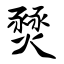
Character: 燹